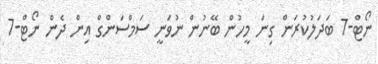
ނޯޓް-7 ބަދަލުކުރަން ގިނަ މީހުން ބޭނުން ނުވަނީ ސަމްސަންގް އިން ދެން ނޯޓް-7